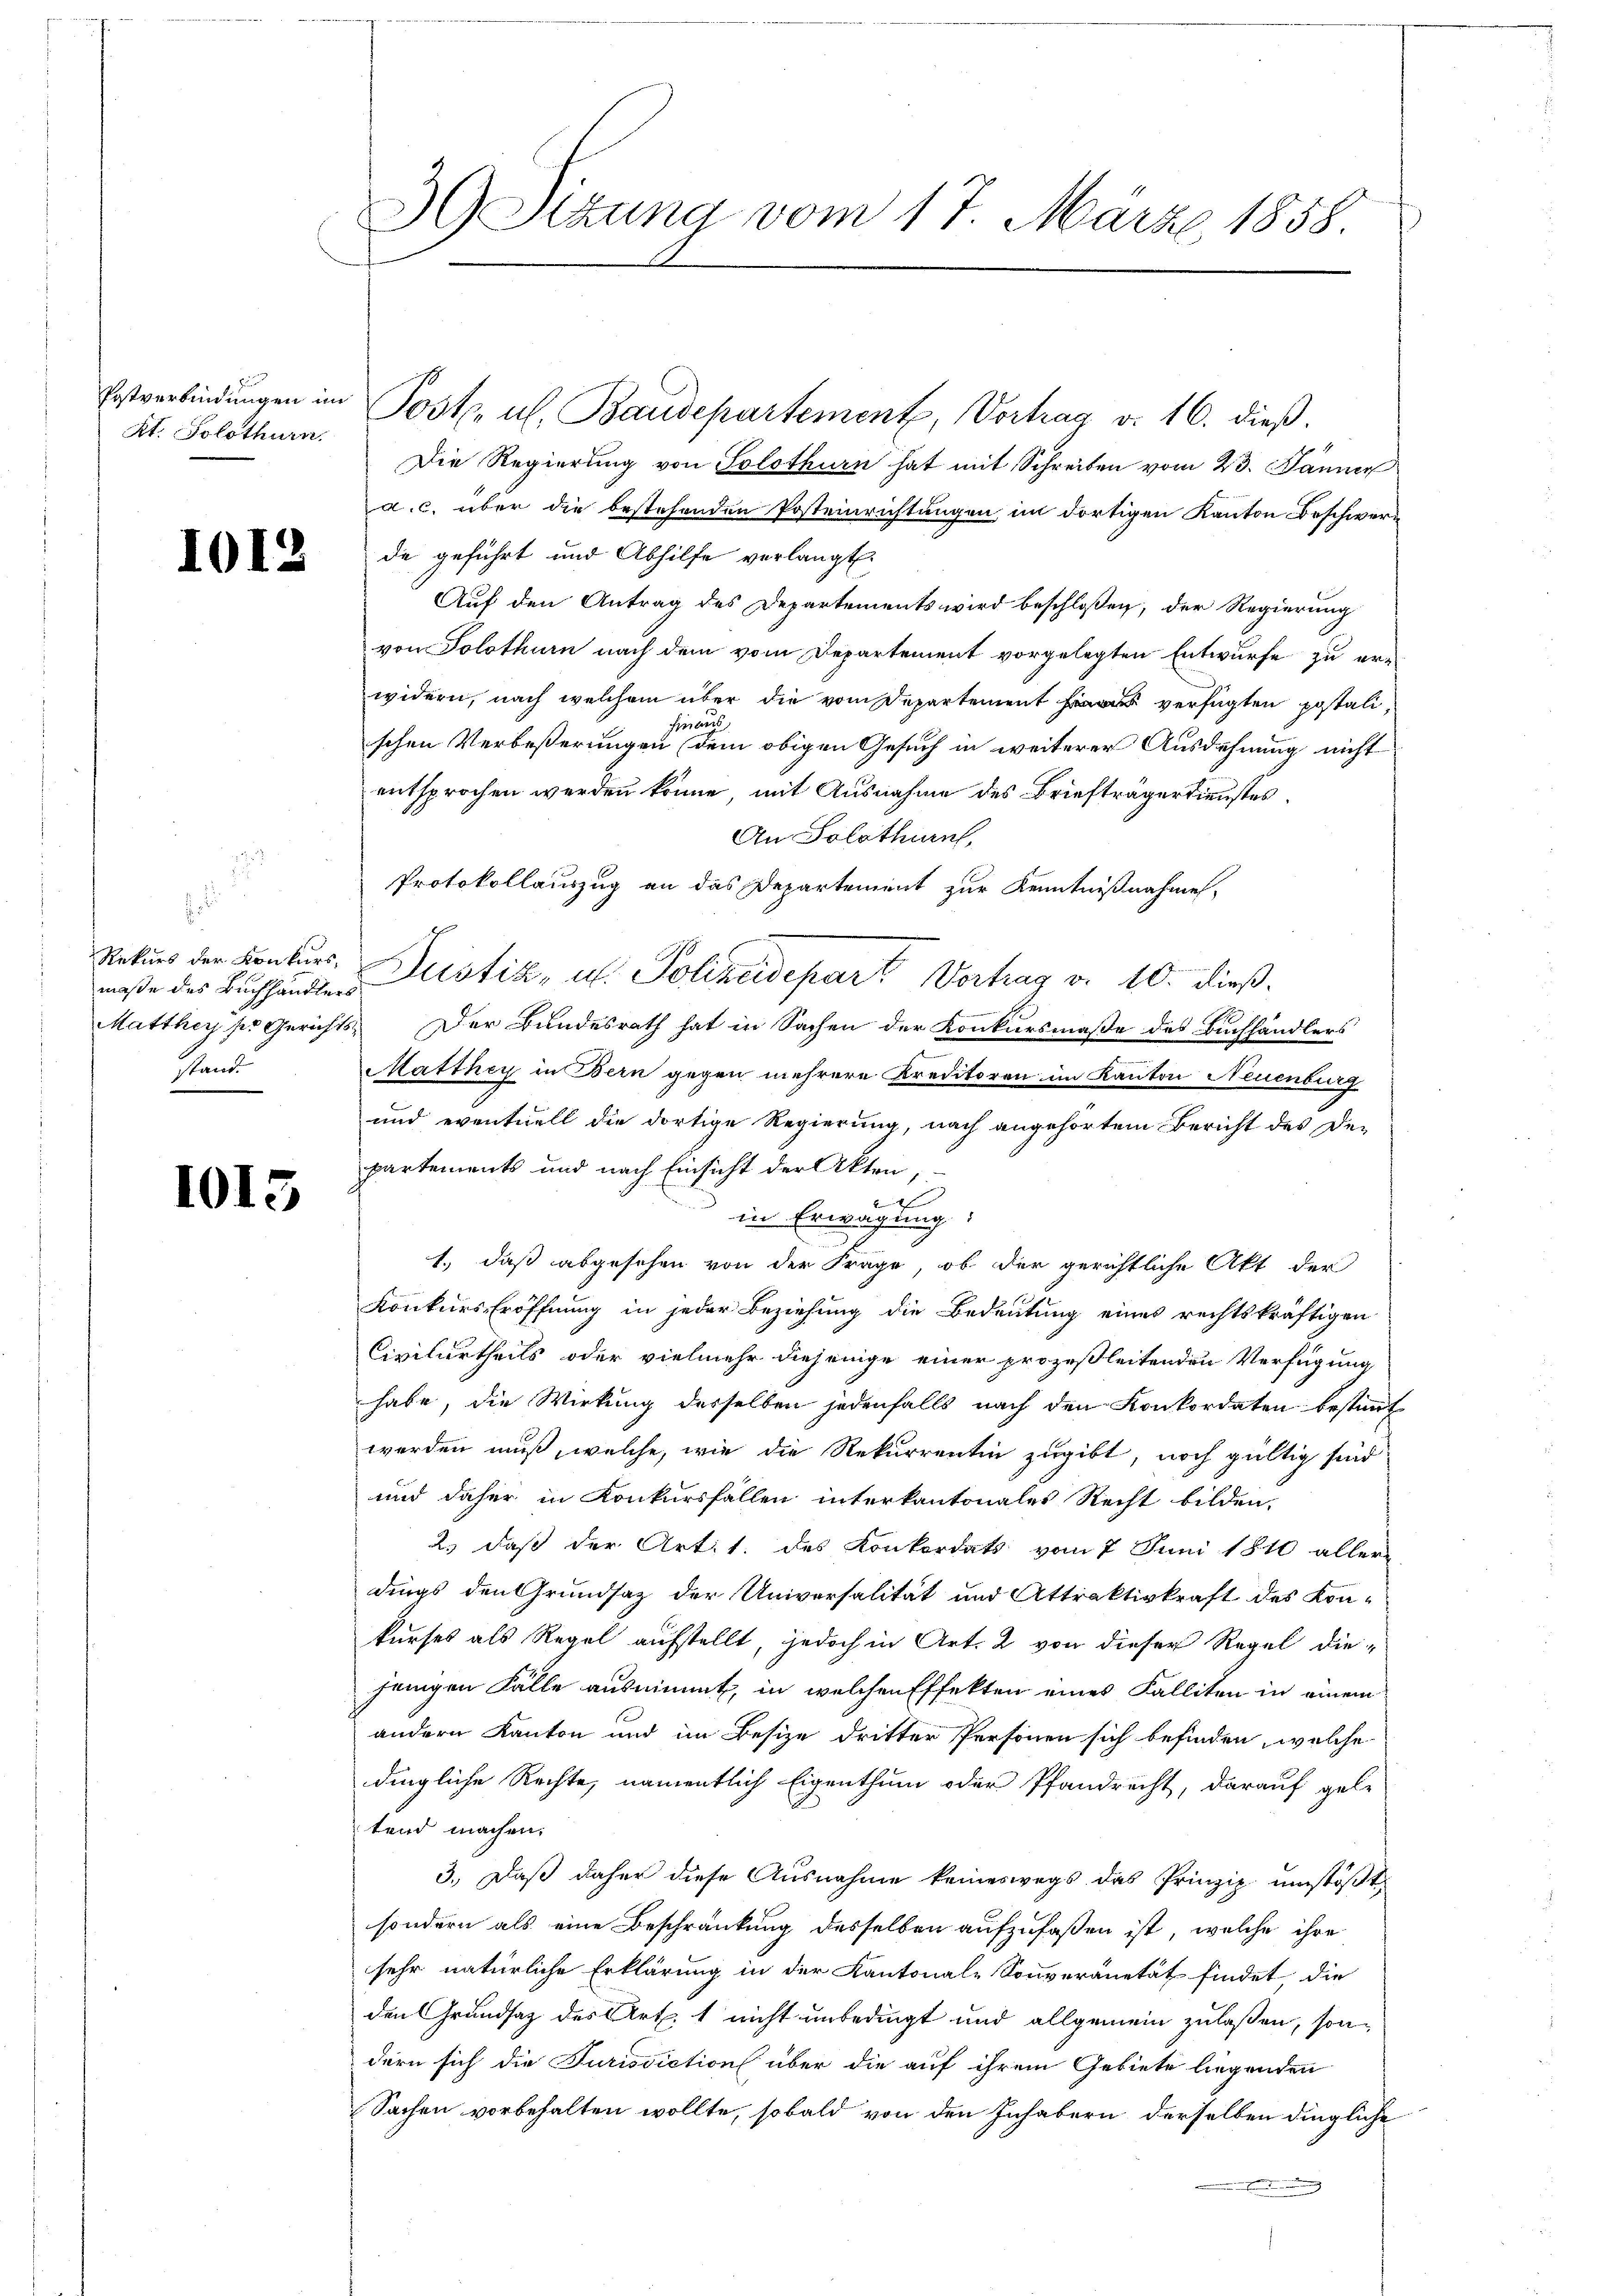
At. Solothurn.

101.

s

maße des Buchhändlers
shand

1013

39 Sizung vom 17. März 1858.

Erstverbindŭngen im Post. u. Baudepartement, Vortrag v. 16. dieβ.
Die Regierung von Solothurn hat mit Schreiben vom 23. Jänner
a. c. über die bestehenden Posteinrichtungen im dortigen Kanton Beschwere
de geführt und Abhilfe verlangt.
Auf den Antrag des Departements wird beschloßen, der Regierung
von Solothurn nach dem vom Departement vorgelegten Entwurfe zu er-
widern, nach welchem über die vom Departement verfügten potali¬
Ferraus
schen Verbeßerungen dem obigen Gesuch in weiterer Ausdehnung nicht
entsprochen werden könne, mit Ausnahme des Briefträgerdienstes.
An Solothurn,
Protokollauszug an das Departement zur Kenntnißnahmen,
Rekurs der Konkurs, Justiz- u. Polizeidepart Vortrag v. 10. dieß.
Matthey per Gerichts Der Bundesrath hat in Sachen der Konkursmaße des Buchhändlers
Matthey in Bern gegen mehrere Kreditoren im Kanton Neuenburg
und eventuell die dortige Regierung, nach angehörtem Bericht des De-
partements und nach Einsicht der Akten,
in Erwägung:
1.) daß abgesehen von der Frage, ob der gerichtliche Akt der
Konkurs Eröffnung in jeder Beziehung die Bedeutung eines rechtskräftigen
Civilurtheils oder vielmehr diejenige einer prozeßleitenden Verfügung
habe, die Wirkung desselben jedenfalls nach den Konkordaten bestimmt
werden muß, welche, wie die Rekurrentin zugibt, noch gültig sind
und daher in Konkursfallen interkantonales Recht bilden.
2.) daß der Artit. des Konkordats vom 7 Juni 1810 aller-
dings den Grundsaz der Universalität und Attraktivkraft des Kon-
kurses als Regel aufstellt, jedoch in Art. 2 von dieser Regel die-
jenigen Fälle ausnimmt, in welchen Effekten eines Falliten in einem
andern Kanton und im Besize dritter Personen sich befinden, welche
dingliche Rechte, namentlich Eigenthum oder Pfandrecht, darauf gele
tend machen.
3.) Daß daher diese Ausnahme keineswegs das Prinzip. umstößt.
sondern als eine Beschränkung desselben aufzufaßen ist, welche ihre
sehr natürliche Erklärung in der Kantonale Souveranetät findet, die
den Grundsaz des Art. 1 nicht unbedingt und allgemein zulaßen, sondern sich die Jurisdiction über die auf ihrem Gebiete liegenden
Sachen vorbehalten wollte, sobald von den Inhabern derselben dingliche